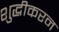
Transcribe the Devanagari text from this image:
शुद्धीकरन